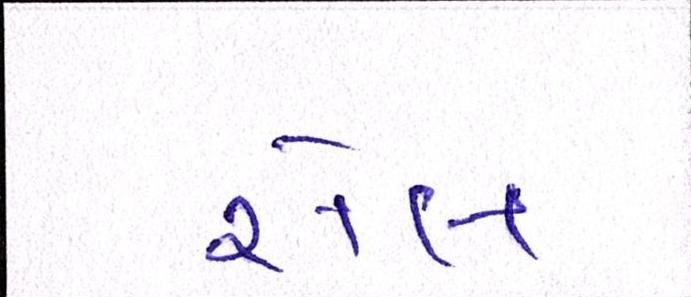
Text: રોલ